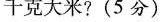
千克大米?(5分)